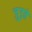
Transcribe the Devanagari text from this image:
जु़ड़ते